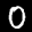
Label: 0